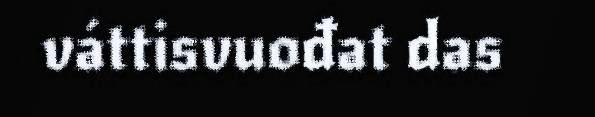
váttisvuođat das